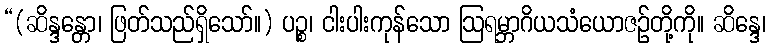
“(ဆိန္ဒန္တော၊ ဖြတ်သည်ရှိသော်။) ပဉ္စ၊ ငါးပါးကုန်သော ဩရမ္ဘာဂိယသံယောဇဉ်တို့ကို။ ဆိန္ဒေ၊